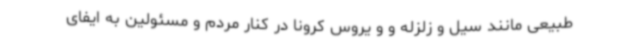
طبیعی مانند سیل و زلزله و و یروس کرونا در کنار مردم و مسئولین به ایفای